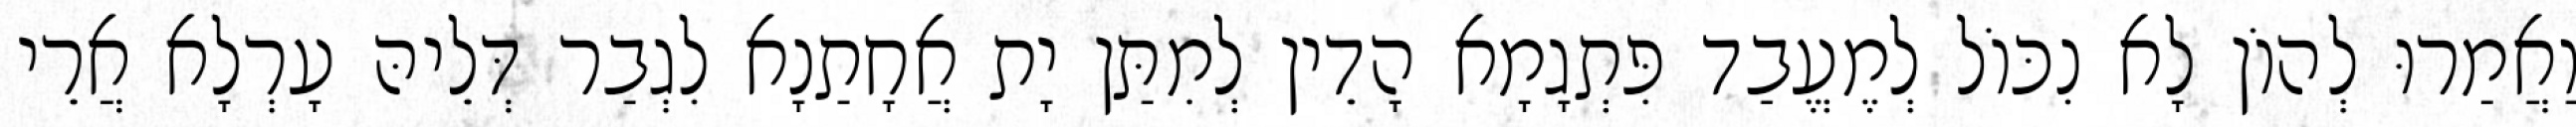
וַאֲמַרוּ לְהוֹן לָא נִכּוֹל לְמֶעֱבַד פִּתְגָמָא הָדֵין לְמִתַּן יָת אֲחָתַנָא לִגְבַר דְּלֵיהּ עָרְלָא אֲרֵי